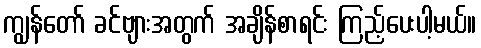
ကျွန်တော် ခင်ဗျားအတွက် အချိန်စာရင်း ကြည့်ပေးပါ့မယ်။